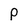
Character: p